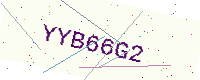
Text: YYB66G2